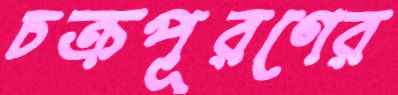
চক্রপূরণের